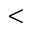
<